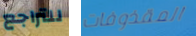
للتراجع المقذوفات